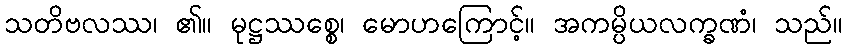
သတိဗလဿ၊ ၏။ မုဋ္ဌဿစ္စေ၊ မောဟကြောင့်။ အကမ္ပိယလက္ခဏံ၊ သည်။